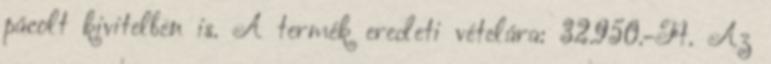
pácolt kivitelben is. A termék eredeti vételára: 32.950.-Ft. Az